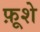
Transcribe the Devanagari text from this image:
फ़ूशे